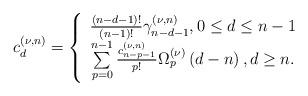
LaTeX: \begin{align*}c_{d}^{\left( \nu ,n\right) }=\left\{ \begin{array}{c}\frac{(n-d-1)!}{(n-1)!}\gamma _{n-d-1}^{(\nu ,n)},0\leq d\leq n-1 \\ \sum\limits_{p=0}^{n-1}\frac{c_{n-p-1}^{\left( \nu ,n\right)}}{p!}\Omega _{p}^{\left( \nu \right) }\left( d-n\right),d\geq n.\end{array}\right. \end{align*}